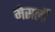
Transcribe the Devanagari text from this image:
मेसर्ली